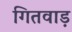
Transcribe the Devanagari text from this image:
गितवाड़